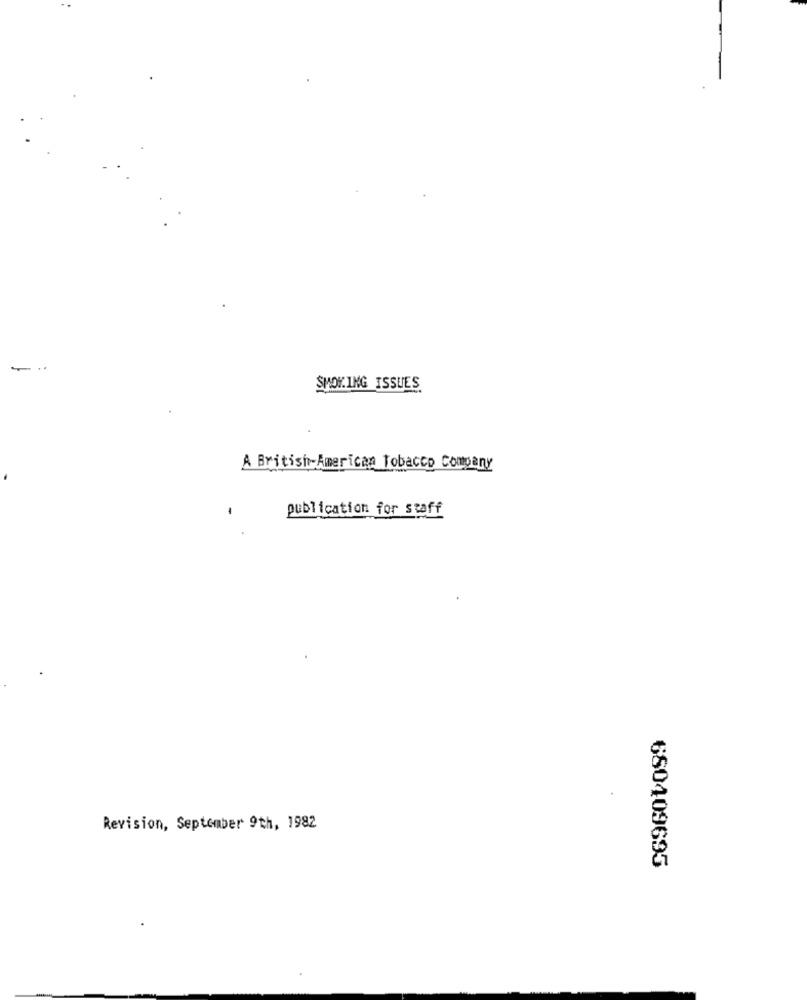
SMOKING ISSUES.
A British American Tobacco Company
publication for staff
Revision, September 9th, 1982
680409695